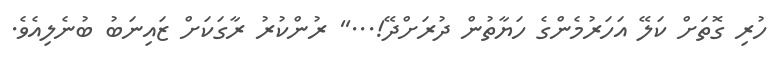
ހުރި ގޮތަށް ކަލޭ އަހަރުމެންގެ ހަޔާތުން ދުރަށްދޭ!...'' ރުންކުރު ރާގަކަށް ޒައިނަބު ބުނެލިއެވެ.